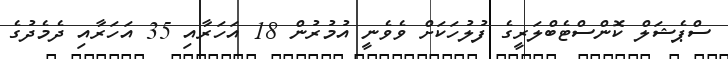
ސްޕެޝަލް ކޮންސްޓެބްލަރީގެ ފުލުހަކަށް ވެވެނީ އުމުރުން 18 އަހަރާއި 35 އަހަރާއި ދެމެދުގެ